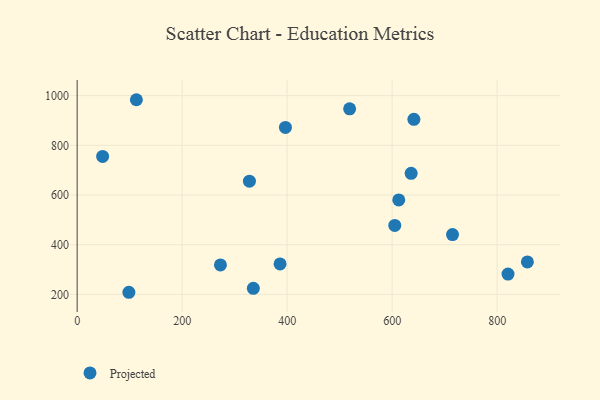
{"axis": {"x": "Experience", "y": "Fuel Efficiency"}, "legend": ["Projected"], "data": [{"x": "519.0", "y": 946.9, "type": "Projected"}, {"x": "857.6", "y": 330.6, "type": "Projected"}, {"x": "612.6", "y": 580.1, "type": "Projected"}, {"x": "641.4", "y": 904.6, "type": "Projected"}, {"x": "820.7", "y": 281.6, "type": "Projected"}, {"x": "98.5", "y": 208.4, "type": "Projected"}, {"x": "386.5", "y": 322.5, "type": "Projected"}, {"x": "396.7", "y": 872.1, "type": "Projected"}, {"x": "48.5", "y": 755.3, "type": "Projected"}, {"x": "605.0", "y": 477.4, "type": "Projected"}, {"x": "715.0", "y": 440.6, "type": "Projected"}, {"x": "112.8", "y": 983.5, "type": "Projected"}, {"x": "328.1", "y": 655.5, "type": "Projected"}, {"x": "636.2", "y": 687.3, "type": "Projected"}, {"x": "335.6", "y": 224.1, "type": "Projected"}, {"x": "272.9", "y": 318.5, "type": "Projected"}]}